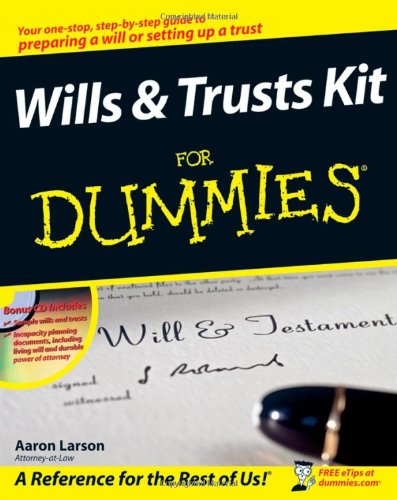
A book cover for Wills and Trusts Kit For Dummies; Aaron Larson; Law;